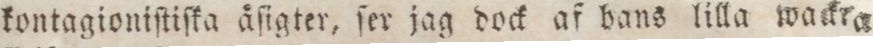
kontagioniſtiſka åſigter, ſer jag dock af hans lilla wackre